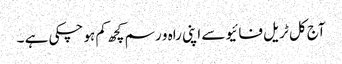
آج کل ٹریل فائیو سے اپنی راہ و رسم کچھ کم ہو چکی ہے ۔